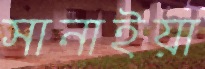
সানাইয়া